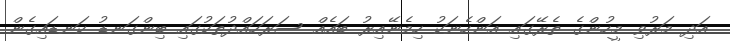
އަދި މަރުވި މީހުންގެ ތެރޭގައި އަންހެނަކު ހިމެނޭއިރު ބައެއް ސަރަހައްދުތަކުގައި ބިންގަނޑު ކަނޑައިގެން